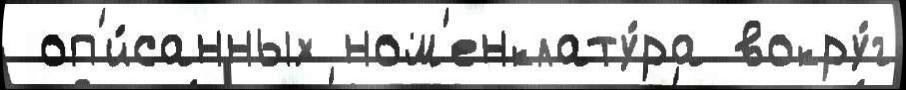
 оп'и́санных ном'енклату́ра вокру́г